Civil Veterinary Department Bihar & Orissa reports 1911-21 - 1911-1921
Year: 1911
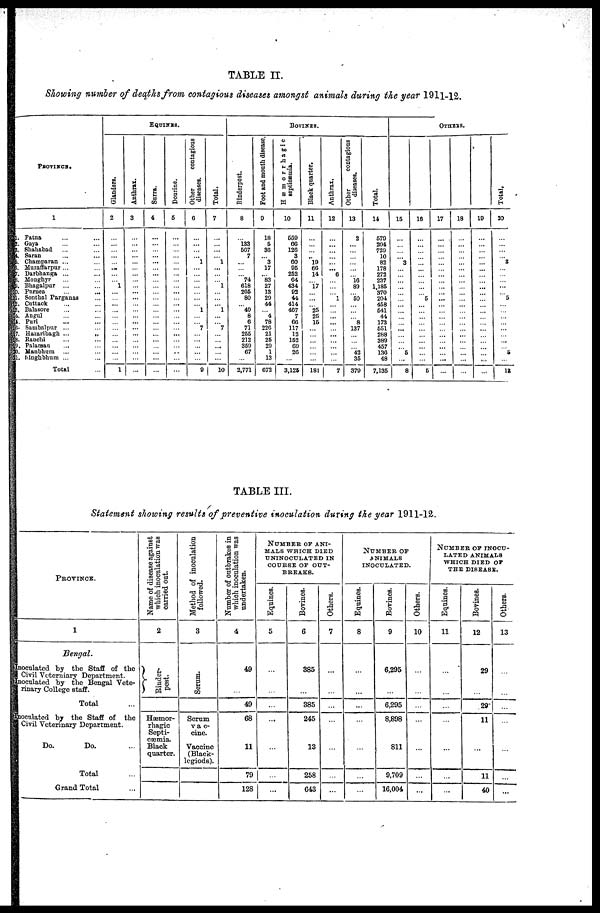
TABLE II.
Showing number of deaths from contagious diseases amongst animals during the year 1911-12.
PROVINCE.
1
1. Patna ... ...
2.Gaya ... ...
3. Shahabad ... ...
4 Saran ... ...
5.Champaran ... ...
5. Muzaffarpur ... ...
7.Darbharaga ... ...
8. Monghyr ... ...
9. Bhagalpur ... ...
10.Purnen ... ...
11. Sonthal Parganas ...
12. Cuttack ... ...
13. Balasore ... ...
14. Angul ... ...
15 Puri ... ...
16. Sombalpur ... ...
17. Hazaribagh ...
...
18. Ranchi ... ...
19. Palaman ... ...
20. Maubhum ... ...
21.Mughbhum ... ...
Total
EQUINES.
Glanders.
2
...
...
...
...
...
...
...
...
1
...
...
...
...
...
...
...
...
...
...
...
...
1
Anthrax.
3
...
...
...
...
...
...
...
...
...
...
...
...
...
...
...
...
...
...
...
...
...
...
Surra.
4
...
...
...
...
...
...
...
...
...
...
...
...
...
...
...
...
... ...
...
...
...
...
Dourine.
5
...
...
...
...
...
...
...
...
...
...
...
...
...
...
...
...
...
...
...
...
...
...
Other
contagious
diseases.
6
...
...
...
...
1
...
...
...
...
...
...
...
1
...
...
7
...
...
...
...
...
9
Total.
7
...
...
...
...
1
...
...
...
1
...
...
...
1
...
...
7
...
...
...
...
...
10
BOVINES .
Rinderpest.
8
...
133
607
7
...
...
...
74
618
205
80
...
49
8
6
71
255
212
359
67
...
2,771
Foot and mouth disease.
9
18
5
30
...
3
17
...
83
27
13
20
44
...
4
78
220
21
25
20
1
13
672
Hæmorrhagic
septicæmia.
10
559
60
120
3
00
05
252
64
434
02
44
414
407
7
66
117
12
152
69
20
...
3,125
Black quarter.
11
...
...
...
...
10
66
14
...
17
...
...
...
25
25
15
...
...
...
...
...
...
181
Anthrax.
12
...
...
...
...
...
... 6
...
...
... 1
...
...
...
...
...
...
...
...
...
...
7
Other
contagious
diseases.
13
2
...
...
...
...
...
...
10
80
...
50
...
...
...
8
137
...
...
...
42
35
370
Total.
14
579
204
720
10
82
178
272
237
1,185
370
204
468
541
44
173
551
288
380
457
130
48
7,135
OTHERS.
15
...
...
...
...
3
...
...
...
...
...
...
...
...
...
...
...
...
...
...
5
...
8
16
...
...
...
...
...
...
...
...
...
...
5
...
...
...
...
...
...
...
...
...
...
5
17
...
...
...
...
...
...
...
...
...
...
...
...
...
...
...
...
...
...
...
...
...
...
18
...
...
...
...
...
...
...
...
...
...
...
...
...
...
...
...
...
...
...
...
...
...
19
...
...
...
...
...
...
...
...
...
...
...
...
...
...
...
...
...
...
...
...
...
...
Total.
20
...
...
...
...
3
...
...
...
...
...
5
...
...
...
...
...
...
...
...
5
...
12
TABLE III.
Statement showing results of preventive inoculation during the year 1911-12.
PROVINCE.
1
Bengal.
Inoculated by the Staff of the
Civil Veterniary Department.
Inoculated by the Bengal Vete-
rinary College staff.
Total ...
Inoculated by the Staff of the
Civil Veterinary Department.
Do.
Do. ...
Total
Grand Total ...
Name of disease against
which inoculation was
carried oat.
2
Rinder-
pest.
Hæmor-
rhagic
Septi-
cæmia.
Black
quarter.
Method of inoculation
followed.
3
Scrum.
Scrum
vac-
cine.
Vaccine
(Black-
legiods).
Number of outbrakes in
which
inoculation was
undertaken.
4
49
...
49
68
11
79
128
NUMBER OF ANI-
---- WHICH DIED
UNINOCULATED IN
COURSE OF OUT-
BREAKS.
Equines.
5
...
...
...
...
...
...
...
Bovines.
6
385
...
385
245
13
258
643
Others.
7
...
...
...
...
...
...
...
NUMBER
OF
ANIMALS
INOCULATED.
Equines.
8
...
...
...
...
...
...
...
Bovines.
9
6,295
...
6,295
8,898
811
9,709
16,004
Others.
10
...
...
...
...
...
...
...
NUMBER OF INOCU-
----- ANIMAL8
WHICH DIED OF
THE DISEASE.
Equines.
11
...
...
...
...
...
...
...
Bovines.
12
29
...
29
11
...
11
40
Others.
13
...
...
...
...
...
...
...